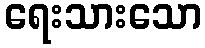
ရေးသားသော